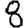
Digit: 8